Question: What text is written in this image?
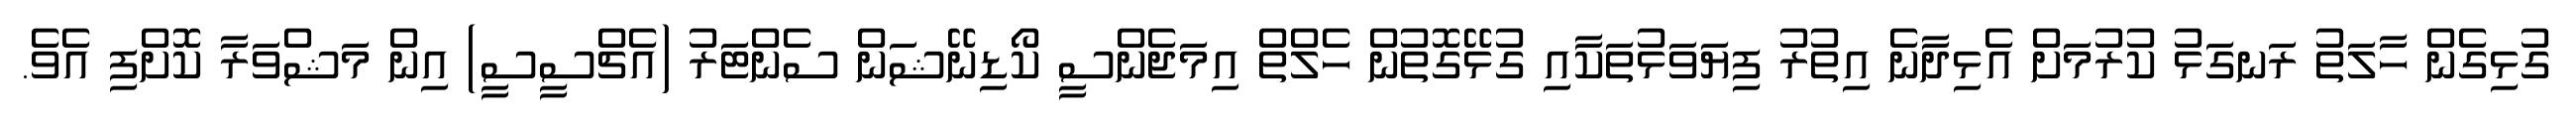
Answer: ގުޅިގެން ހާލަތު ރަނގަޅު ކުރުމަށް އެޅިދާނެ އިތުރު ފިޔަވަޅުތަކާއި ގުޅޭގޮތުން ހެލްތް އިމަޖެންސީ ކޯޑިނޭޝަން ސެންޓަރު (އެޗްސީސީ) އިން މަޝްވަރާ ކޮށްފި އެވެ.